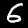
Label: 6